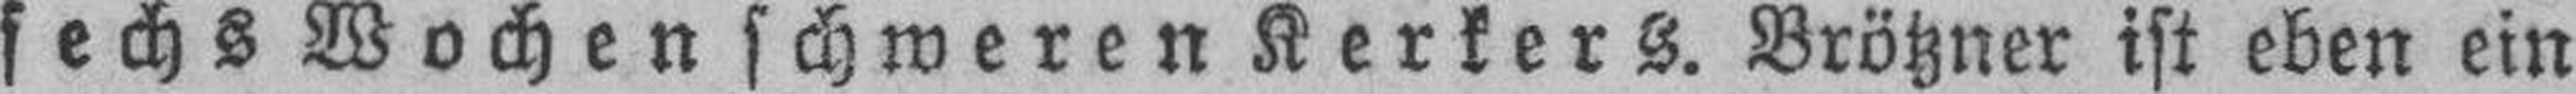
sechs Wochen schweren Kerkers. Brötzner ist eben ein